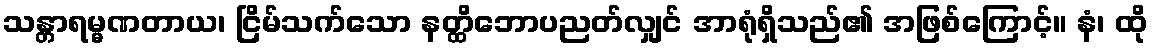
သန္တာရမ္မဏတာယ၊ ငြိမ်သက်သော နတ္ထိဘောပညတ်လျှင် အာရုံရှိသည်၏ အဖြစ်ကြောင့်။ နံ၊ ထို